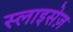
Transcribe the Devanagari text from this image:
स्लाइसेज़